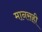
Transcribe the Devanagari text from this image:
मानसही